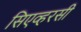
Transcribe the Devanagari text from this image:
सिएव्हरसी